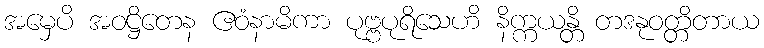
အမှေပိ အဝဋ္ဌိတေန ဧဝံနာမိကာ ပုဗ္ဗပုရိသေဟိ နိက္ကယန္တိ တဒနုဝတ္တိတာယ